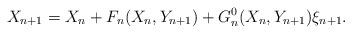
LaTeX: \begin{align*}X_{n+1} = X_n+ F_n(X_n, Y_{n+1}) + G^0_n(X_n,Y_{n+1})\xi_{n+1}.\end{align*}